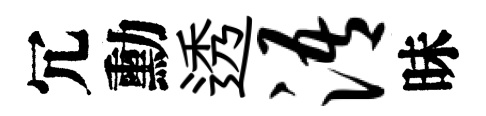
冗勳透浯昧